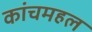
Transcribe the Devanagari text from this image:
कांचमहल